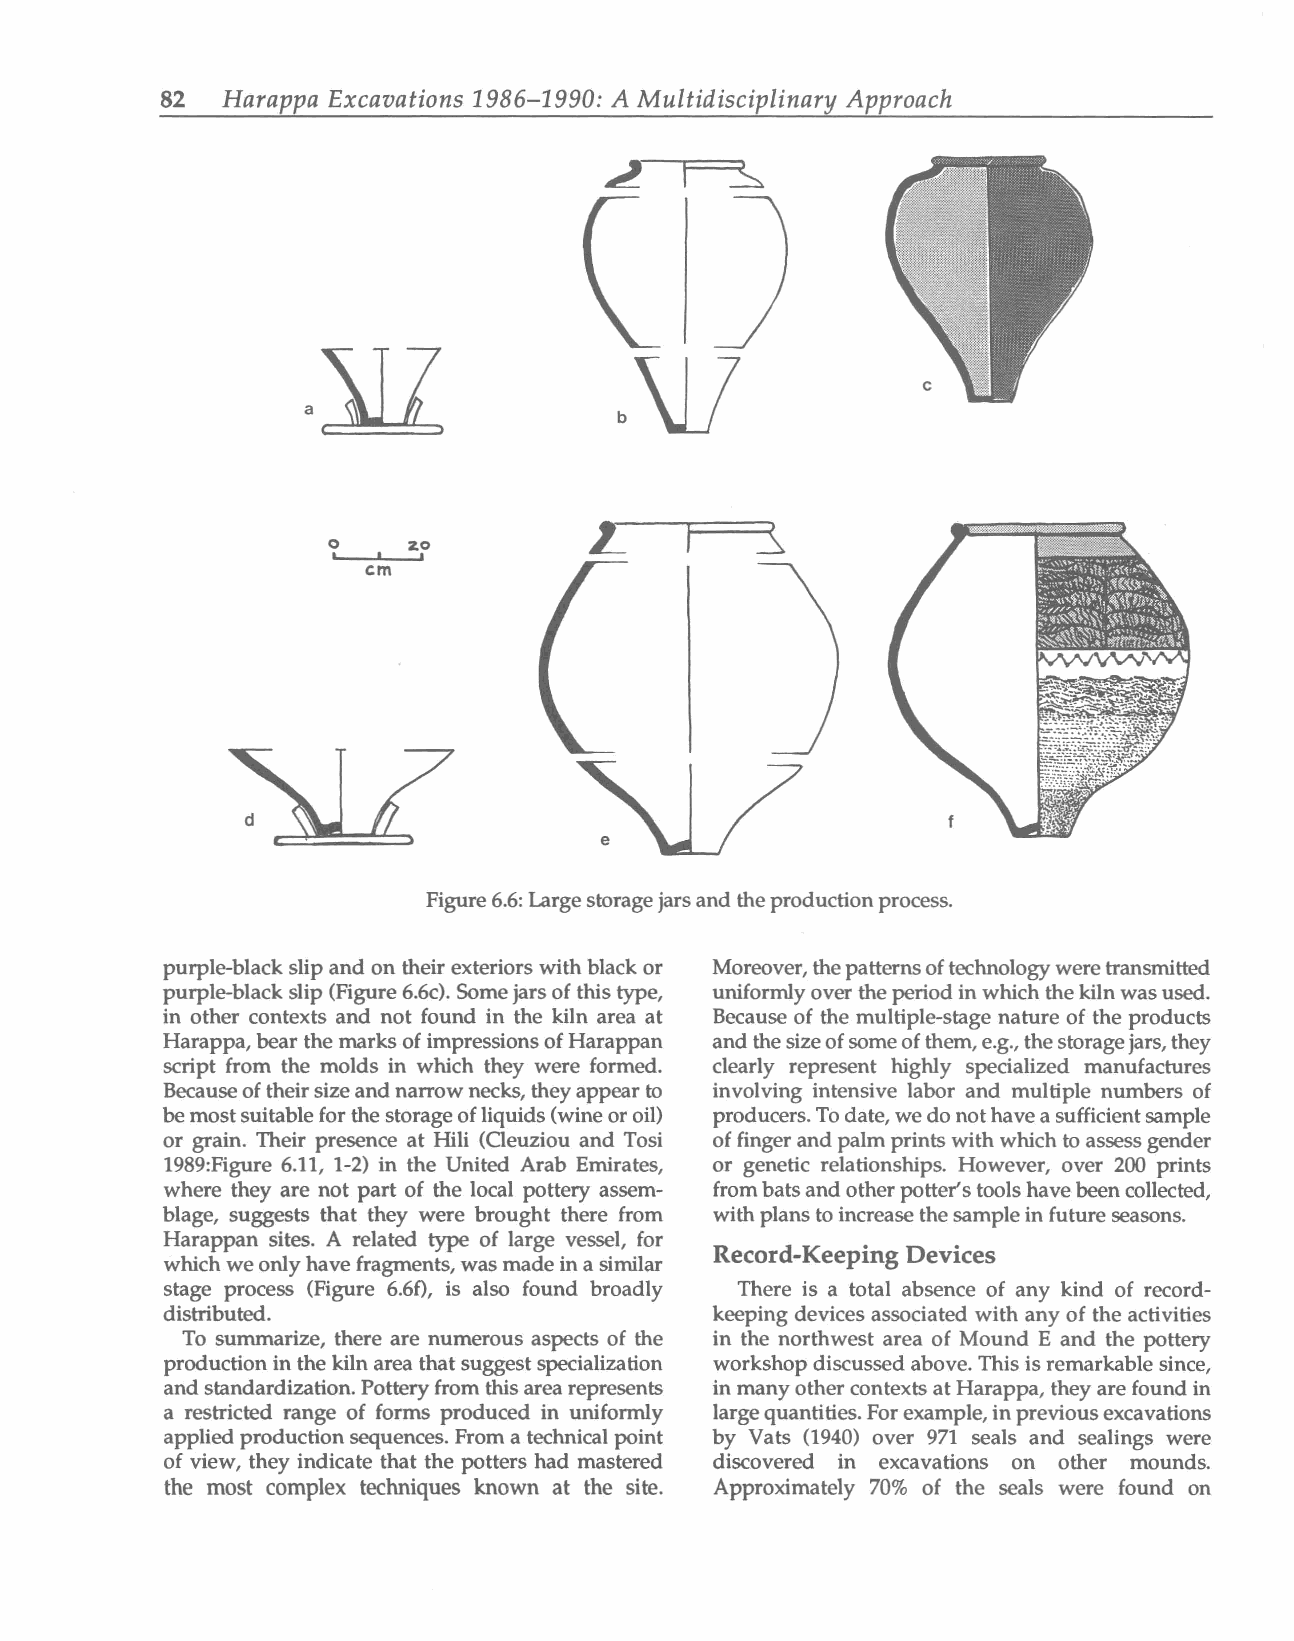
82  Harappa Excavations 1986-1990: A Multidisciplinary Approach
 b\ll
 o , , 2,,0
 em
 Figure6.6:Largestoragejarsand theproductionprocess.
 purple-blackslipand on theirexteriorswithblackor Moreover, thepatternsoftechnologyweretransmitted
 purple-black slip (Figure6.6c). Somejarsofthistype, uniformlyovertheperiodin which thekilnwasused.
 in other contexts and not found in the kiln area at Because of the multiple-stage nature of the products
 Harappa, bearthe marksofimpressionsofHarappan and thesizeofsomeofthem,e.g.,thestoragejars,they
 script from the molds in which they were formed. clearly represent highly specialized manufactures
 Becauseoftheirsizeandnarrownecks, theyappear to involving intensive labor and multiple numbers of
 bemostsuitablefor thestorageofliquids(wineoroil) producers.Todate,wedonothaveasufficientsample
 or grain. Their presence at Hili (Oeuziou and Tosi offinger and palmprintswithwhich to assessgender
 1989:Figure 6.11, 1-2) in the United Arab Emirates, or genetic relationships. However, over 200 prints
 where they are not part of the local pottery assem frombatsandotherpotter'stoolshavebeencollected,
 blage, suggests that they were brought there from withplanstoincreasethesampleinfuture seasons.
 Harappan sites. A related type of large vessel, for
 Record-Keeping Devices
 which weonlyhavefragments, wasmadeina similar
 stage process (Figure 6.60, is also found broadly There is a total absence of any kind of record
 distributed.                        keeping devices associated with any of the activities
 To summarize, there are numerous aspects of the in the northwest area of Mound E and the pottery
 productionin the kiln area thatsuggestspecialization workshop discussed above. Thisis remarkablesince,
 andstandardization.Potteryfrom thisarearepresents inmanyothercontextsatHarappa, theyarefound in
 a restricted range of forms produced in uniformly largequantities.Forexample,inpreviousexcavations
 applied productionsequences. Froma technical point by Vats (1940) over 971 seals and sealings were
 of view, they indicate that the potters had mastered discovered in excavations on other mounds.
 the most complex techniques known at the site. Approximately 70% of the seals were found on